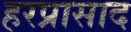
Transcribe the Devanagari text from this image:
हरप्रासाद